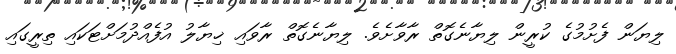
ލިޔަން ފެށުމުގެ ކުރީން ލިޔާނެގޮތް ރާވާށެވެ. ލިޔާނެގޮތް ރާވައި ޚިޔާލު އުފެއްދުމަށްޓަކައި ތިރީގައި